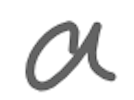
Text: a
Cross-out: clean
Writing tool: digital_gray